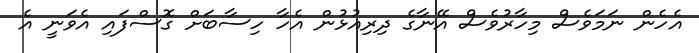
އެހެން ނަމަވެސް މިހާރުވެސް އޭނާގެ ދިރިއުޅުން އެހާ ހިސާބަށް ގޮސްފައި އެވަނީ އެ